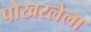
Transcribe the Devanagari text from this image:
पोखरलेला